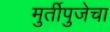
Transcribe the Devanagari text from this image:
मुर्तीपुजेचा